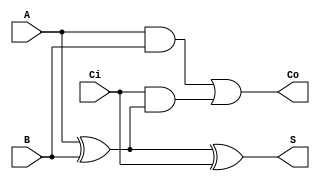
//////////////////////////////////////////////////////////////////////////////////
// Design Name: Half Adder
//////////////////////////////////////////////////////////////////////////////////
`timescale 1ns / 1ps


module full_adder(
    input  wire A,
    input  wire B,
    input  wire Ci,
    output wire S,
    output wire Co
    );
    
    assign S  = A ^ B ^ Ci;
    assign Co = ( A & B ) |  ( Ci & ( A ^ B) );
    
endmodule